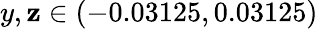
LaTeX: y,\mathbf{z}\in(-0.03125,0.03125)